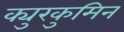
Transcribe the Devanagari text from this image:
क्युरकुमिन